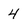
Character: 4